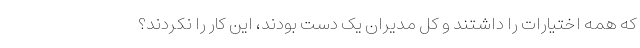
که همه اختیارات را داشتند و کل مدیران یک دست بودند، این کار را نکردند؟